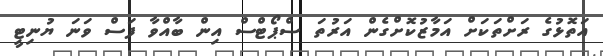
އަތޮޅުގެ ރަށްތަކަށް އަމާޒުކޮށްގެން އަރުތަ ސްޕޯޓްސް އިން ބާއްވާ ފަސް ވަނަ ޔުނިޓީ